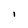
Character: I